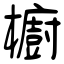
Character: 櫥